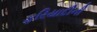
ફરિયાદીની